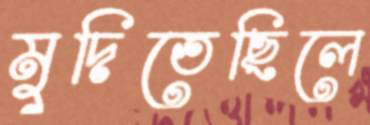
মুদিতেছিলে